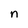
Character: n